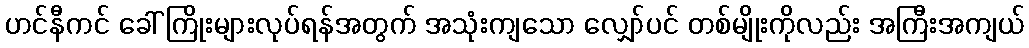
ဟင်နီကင် ခေါ် ကြိုးများလုပ်ရန်အတွက် အသုံးကျသော လျှော်ပင် တစ်မျိုးကိုလည်း အကြီးအကျယ်